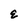
Character: E